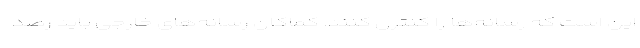
این است که رسانه‌ها را کنترل کنند. کماکان رسانه‌های خارجی باید رصد